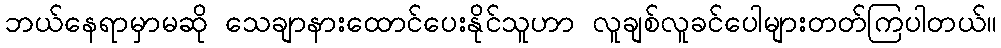
ဘယ်နေရာမှာမဆို သေချာနားထောင်ပေးနိုင်သူဟာ လူချစ်လူခင်ပေါများတတ်ကြပါတယ်။